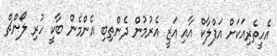
އެހީތެރިއަކަށް އަފްލާކް އާއި އަޒީ އެރުމުން ދެންތިބި އެންމެން ބާކީ ހުރި ލޯންޗް